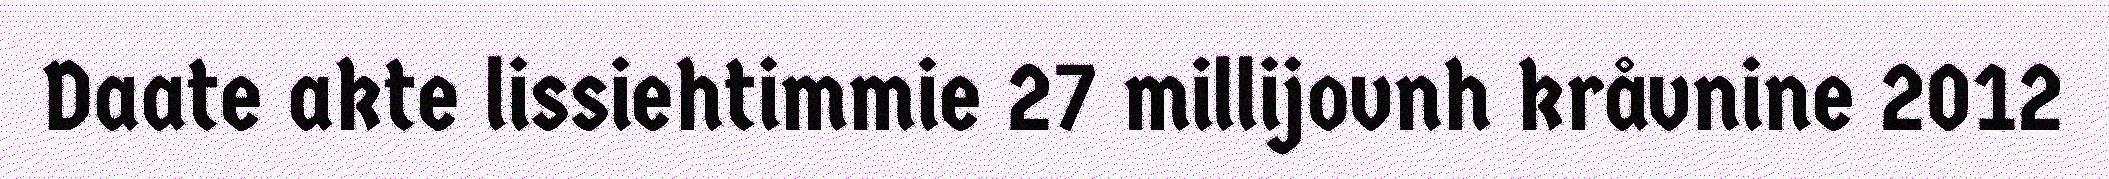
Daate akte lissiehtimmie 27 millijovnh kråvnine 2012